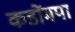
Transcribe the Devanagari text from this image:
कडोंमपा